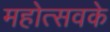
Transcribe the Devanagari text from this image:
महोत्सवके